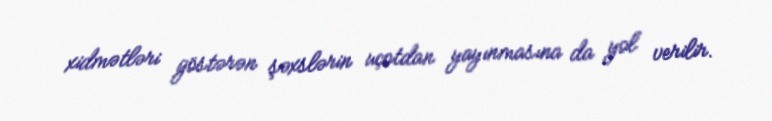
xidmətləri göstərən şəxslərin uçotdan yayınmasına da yol verilir.